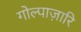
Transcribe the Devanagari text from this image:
गोल्पाज़ारि